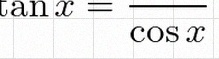
\tan x=\frac{\sin x}{\cos x}